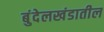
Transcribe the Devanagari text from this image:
बुंदेलखंडातील